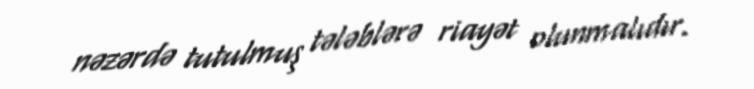
nəzərdə tutulmuş tələblərə riayət olunmalıdır.